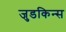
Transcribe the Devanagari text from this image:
जुडकिन्स